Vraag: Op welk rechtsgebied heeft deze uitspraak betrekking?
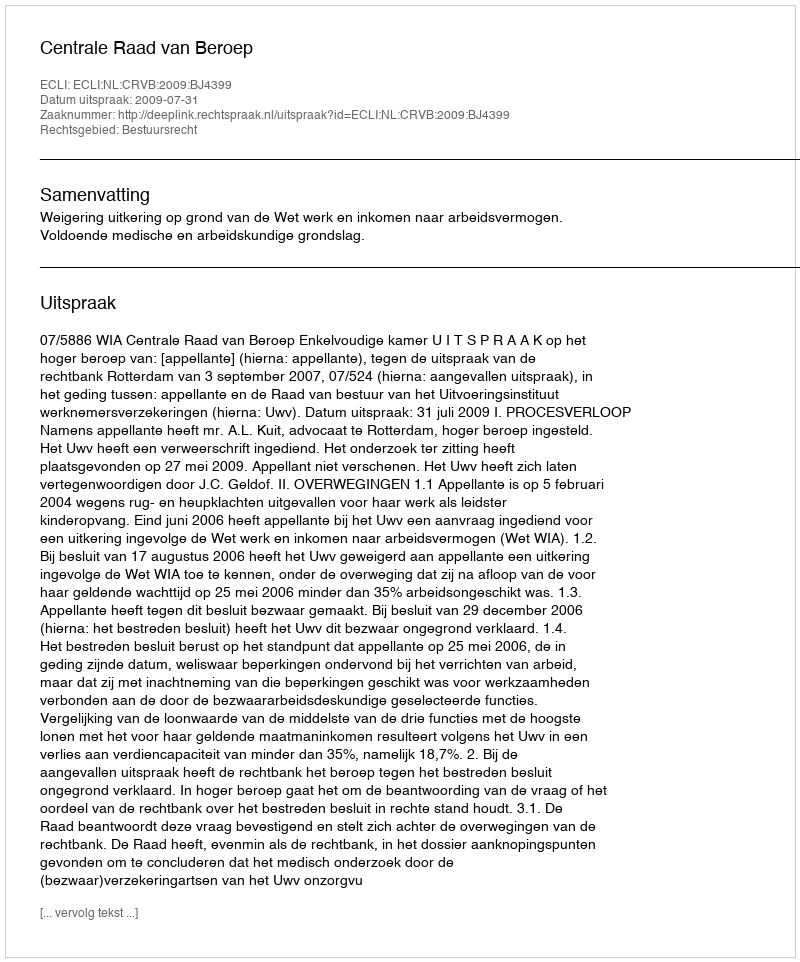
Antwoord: Bestuursrecht